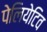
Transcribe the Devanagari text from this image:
पेलियेटिव